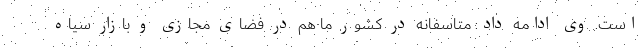
است. وی ادامه داد: متاسفانه در کشور ما هم در فضای مجازی و بازار سیاه